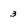
Character: 3